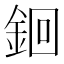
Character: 䤧